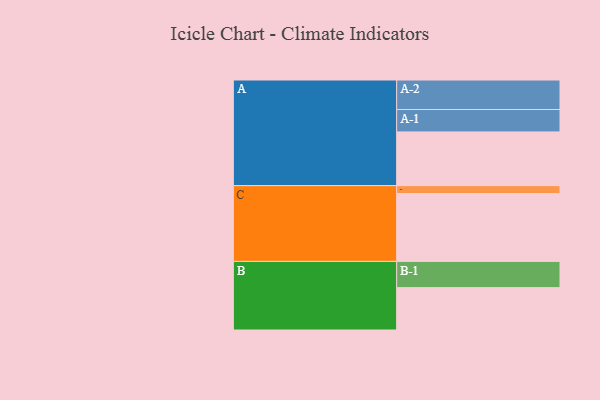
{"axis": {"x": "Segment", "y": "Value"}, "legend": ["", "A", "B", "C"], "data": [{"x": "A", "y": 455, "type": ""}, {"x": "B", "y": 359, "type": ""}, {"x": "C", "y": 575, "type": ""}, {"x": "A-1", "y": 190, "type": "A"}, {"x": "A-2", "y": 250, "type": "A"}, {"x": "B-1", "y": 222, "type": "B"}, {"x": "C-1", "y": 67, "type": "C"}]}